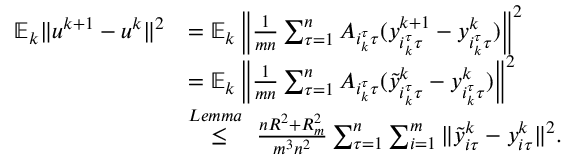
\begin{array} { r l } { \mathbb { E } _ { k } \| u ^ { k + 1 } - u ^ { k } \| ^ { 2 } } & { = \mathbb { E } _ { k } \left\| \frac { 1 } { m n } \sum _ { \tau = 1 } ^ { n } A _ { i _ { k } ^ { \tau } \tau } ( y _ { i _ { k } ^ { \tau } \tau } ^ { k + 1 } - y _ { i _ { k } ^ { \tau } \tau } ^ { k } ) \right\| ^ { 2 } } \\ & { = \mathbb { E } _ { k } \left\| \frac { 1 } { m n } \sum _ { \tau = 1 } ^ { n } A _ { i _ { k } ^ { \tau } \tau } ( { \tilde { y } } _ { i _ { k } ^ { \tau } \tau } ^ { k } - y _ { i _ { k } ^ { \tau } \tau } ^ { k } ) \right\| ^ { 2 } } \\ & { \overset { L e m m a ~ } { \leq } \frac { n R ^ { 2 } + R _ { m } ^ { 2 } } { m ^ { 3 } n ^ { 2 } } \sum _ { \tau = 1 } ^ { n } \sum _ { i = 1 } ^ { m } \| { \tilde { y } } _ { i \tau } ^ { k } - y _ { i \tau } ^ { k } \| ^ { 2 } . } \end{array}